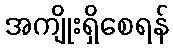
အကျိုးရှိစေရန်